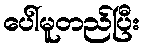
ပေါ်မူတည်ပြီး